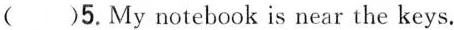
()5.My notebook is near the keys.